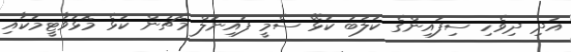
އަދި ދިވެހި ސިފައިންގެ ކުލަބު ކުޅޭ ސެމީ ފައިނަލް މެޗުން ކުޅެ މޮޅުވާޓީމަކާއި